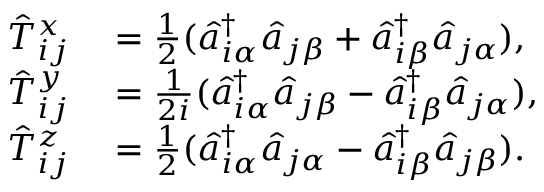
\begin{array} { r l } { \hat { T } _ { i j } ^ { x } } & { { } = \frac { 1 } { 2 } ( \hat { a } _ { i \alpha } ^ { \dagger } \hat { a } _ { j \beta } + \hat { a } _ { i \beta } ^ { \dagger } \hat { a } _ { j \alpha } ) , } \\ { \hat { T } _ { i j } ^ { y } } & { { } = \frac { 1 } { 2 i } ( \hat { a } _ { i \alpha } ^ { \dagger } \hat { a } _ { j \beta } - \hat { a } _ { i \beta } ^ { \dagger } \hat { a } _ { j \alpha } ) , } \\ { \hat { T } _ { i j } ^ { z } } & { { } = \frac { 1 } { 2 } ( \hat { a } _ { i \alpha } ^ { \dagger } \hat { a } _ { j \alpha } - \hat { a } _ { i \beta } ^ { \dagger } \hat { a } _ { j \beta } ) . } \end{array}